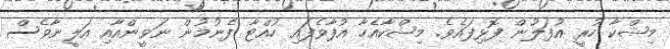
މިޝްކާ ހުރީ އުފަލުން ފޮޅިފައެވެ. މިޝްކާއެހާ އުފާވެފައި ހުއްޓާ ފެނުމުން ނަވީންއާއި އަލީނާވެސް